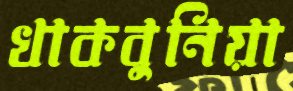
খাকবুনিয়া